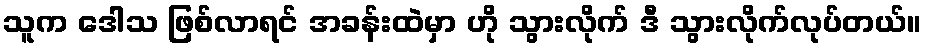
သူက ဒေါသ ဖြစ်လာရင် အခန်းထဲမှာ ဟို သွားလိုက် ဒီ သွားလိုက်လုပ်တယ်။